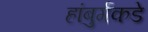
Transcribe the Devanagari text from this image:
हांबुर्गकडे